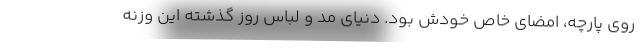
روی پارچه، امضای خاص خودش بود. دنیای مد و لباس روز گذشته این وزنه